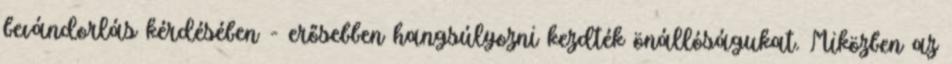
bevándorlás kérdésében - erősebben hangsúlyozni kezdték önállóságukat. Miközben az